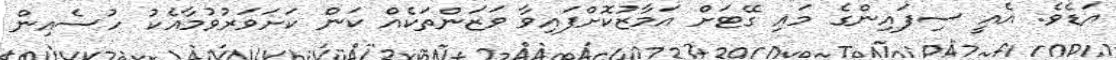
އަޑެވެ. އެއީ ސިފައިންގެ މައި ގޭޓަށް އަމާޒުކޮށްފައިވާ ވަޒަންތަކެއް ކަން ކަށަވަރުވުމާއެކު ހުސެއިން